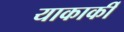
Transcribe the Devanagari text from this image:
याकार्की